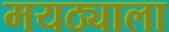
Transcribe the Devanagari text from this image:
मयठ्याला